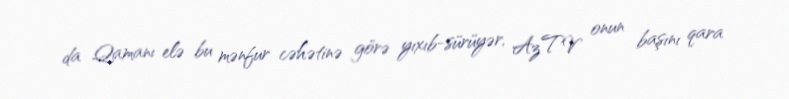
da Qamanı elə bu mənfur cəhətinə görə yıxıb-sürüyər, AzTV onun başını qara